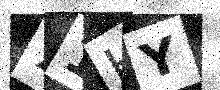
Text: 71HY